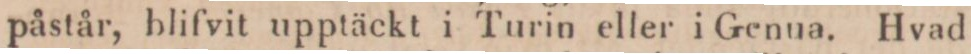
påstår, blifvit upptäckt i Turin eller i Genua. Hvad